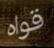
قواه